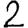
Digit: 2